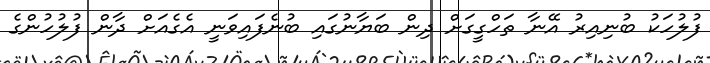
ފުލުހަކު ބުނިއިރު އޭނާ ތަހްގީގަށް ދިން ބަޔާނުގައި ބުނެފައިވަނީ އެގެއަށް ދާން ފުލުހުންގެ